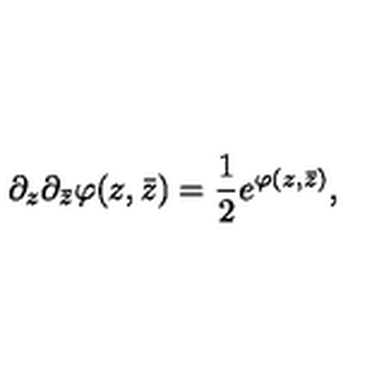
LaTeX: \partial _ { z } \partial _ { \bar { z } } \varphi ( z , \bar { z } ) = { \frac { 1 } { 2 } } e ^ { \varphi ( z , \bar { z } ) } ,